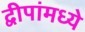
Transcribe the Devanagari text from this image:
द्वीपांमध्ये